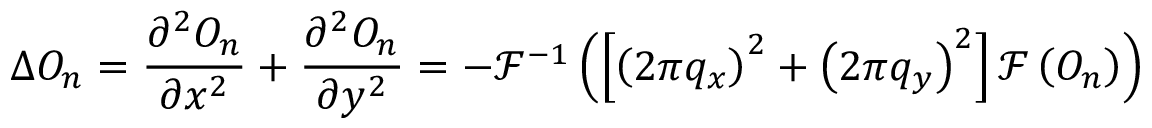
\Delta O _ { n } = \frac { \partial ^ { 2 } O _ { n } } { \partial x ^ { 2 } } + \frac { \partial ^ { 2 } O _ { n } } { \partial y ^ { 2 } } = - \mathcal { F } ^ { - 1 } \left( \left[ \left( 2 \pi q _ { x } \right) ^ { 2 } + \left( 2 \pi q _ { y } \right) ^ { 2 } \right] \mathcal { F } \left( O _ { n } \right) \right)